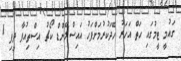
ގައުމީ ޓީމުގައި ހަތް އަހަރު ހޭދަކުރުމަށްފަހު އައިސްލޭންޑް ކޯޗު އިސްތިއުފާ ދީފި 1